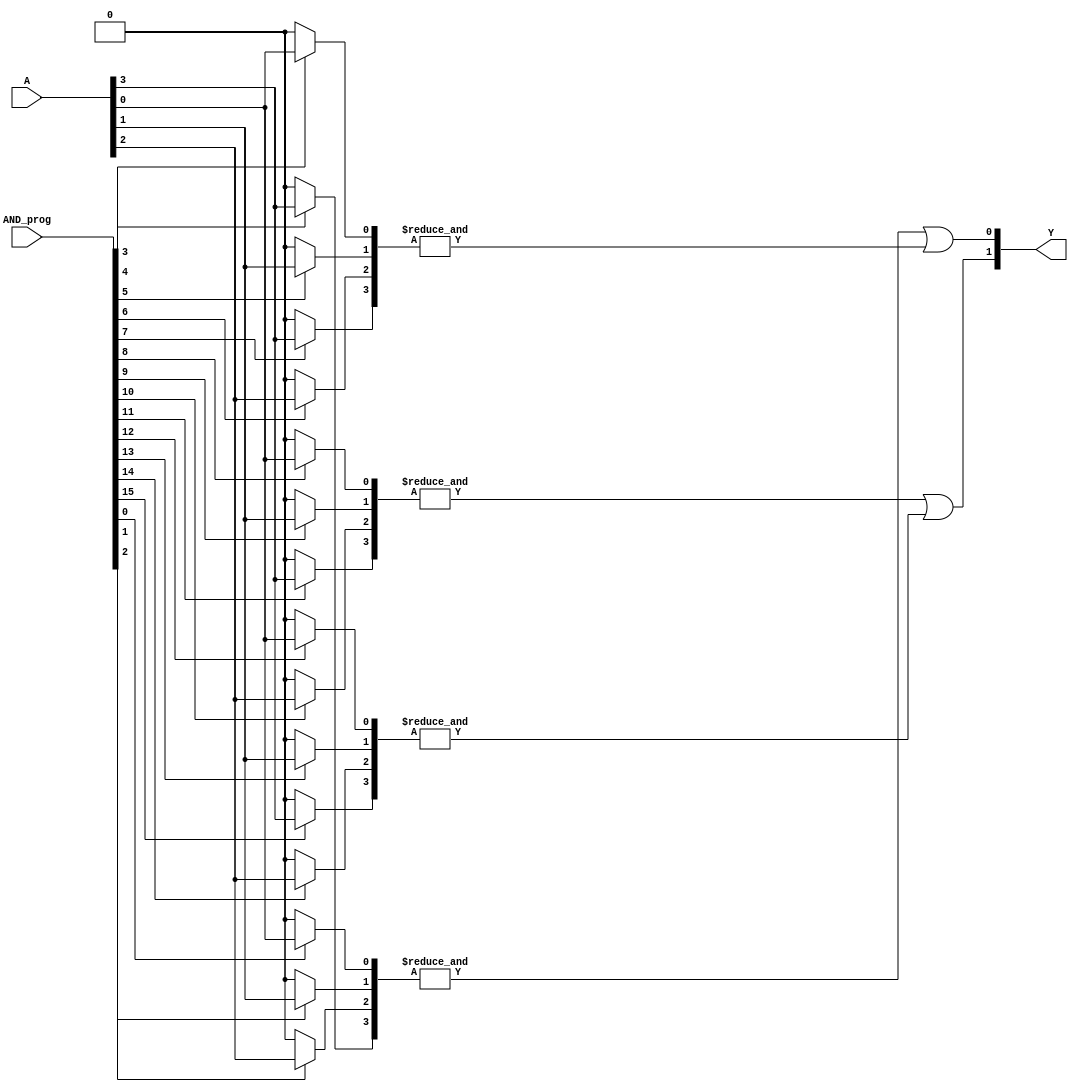
module PAL #(
    parameter n = 4, // Number of inputs
    parameter m = 2, // Number of outputs
    parameter num_AND = 4, // Number of programmable AND gates
    parameter num_OR = 2 // Number of OR gates
) (
    input [n-1:0] A, // Input vector
    input [(num_AND*n)-1:0] AND_prog, // Programmable AND connections
    output reg [m-1:0] Y // Output vector
);

// Intermediate signals for AND gates
wire [num_AND-1:0] AND_out;

// Generate AND gates
genvar i, j;
generate
    for (i = 0; i < num_AND; i = i + 1) begin : and_gates
        wire [n-1:0] AND_inputs;
        for (j = 0; j < n; j = j + 1) begin : and_inputs
            assign AND_inputs[j] = (AND_prog[i*n + j] == 1'b1) ? A[j] : 1'b0;
        end
        assign AND_out[i] = &AND_inputs; // AND operation
    end
endgenerate

// OR Gates - Fixed Connections
always @(*) begin
    Y[0] = AND_out[0] | AND_out[1]; // OR logic for Output 0
    Y[1] = AND_out[2] | AND_out[3]; // OR logic for Output 1
end

endmodule